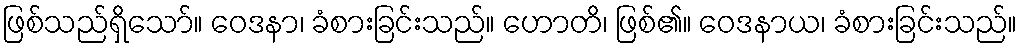
ဖြစ်သည်ရှိသော်။ ဝေဒနာ၊ ခံစားခြင်းသည်။ ဟောတိ၊ ဖြစ်၏။ ဝေဒနာယ၊ ခံစားခြင်းသည်။